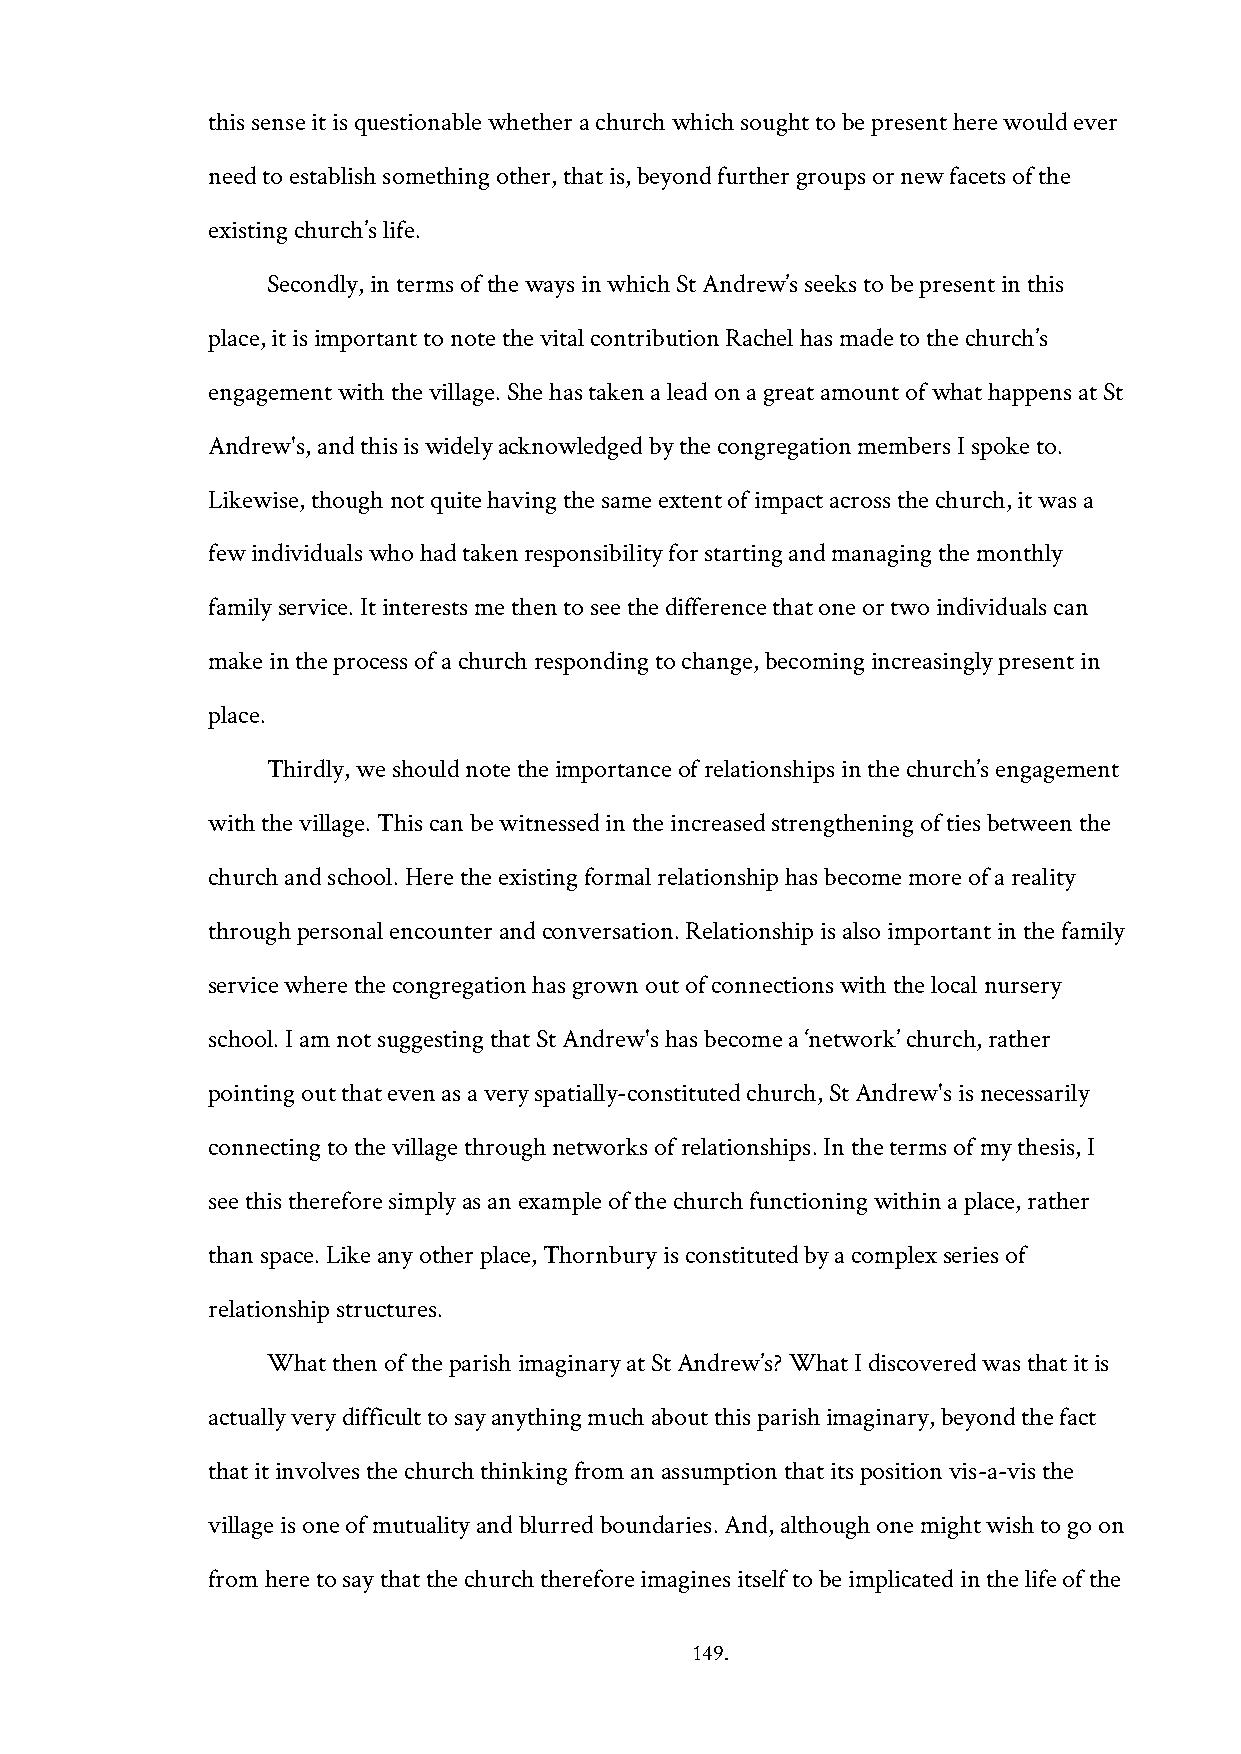
this sense it is questionable whether a church which sought to be present here would ever
 need to establish something other, that is, beyond further groups or new facets of the
 existing church’s life.
 Secondly, in terms of the ways in which St Andrew’s seeks to be present in this
 place, it is important to note the vital contribution Rachel has made to the church’s
 engagement with the village. She has taken a lead on a great amount of what happens at St
 Andrew's, and this is widely acknowledged by the congregation members I spoke to.
 Likewise, though not quite having the same extent of impact across the church, it was a
 few individuals who had taken responsibility for starting and managing the monthly
 family service. It interests me then to see the difference that one or two individuals can
 make in the process of a church responding to change, becoming increasingly present in
 place.
 Thirdly, we should note the importance of relationships in the church’s engagement
 with the village. This can be witnessed in the increased strengthening of ties between the
 church and school. Here the existing formal relationship has become more of a reality
 through personal encounter and conversation. Relationship is also important in the family
 service where the congregation has grown out of connections with the local nursery
 school. I am not suggesting that St Andrew's has become a ‘network’ church, rather
 pointing out that even as a very spatially-constituted church, St Andrew's is necessarily
 connecting to the village through networks of relationships. In the terms of my thesis, I
 see this therefore simply as an example of the church functioning within a place, rather
 than space. Like any other place, Thornbury is constituted by a complex series of
 relationship structures.
 What then of the parish imaginary at St Andrew’s? What I discovered was that it is
 actually very difficult to say anything much about this parish imaginary, beyond the fact
 that it involves the church thinking from an assumption that its position vis-a-vis the
 village is one of mutuality and blurred boundaries. And, although one might wish to go on
 from here to say that the church therefore imagines itself to be implicated in the life of the
 149.